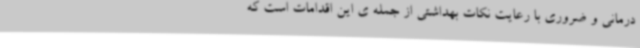
درمانی و ضروری با رعایت نکات بهداشتی از جمله ی این اقدامات است که